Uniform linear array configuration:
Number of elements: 32
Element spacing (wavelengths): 0.75
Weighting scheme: hamming
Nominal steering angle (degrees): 15
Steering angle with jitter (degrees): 14.528
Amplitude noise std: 0.05
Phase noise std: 0.05

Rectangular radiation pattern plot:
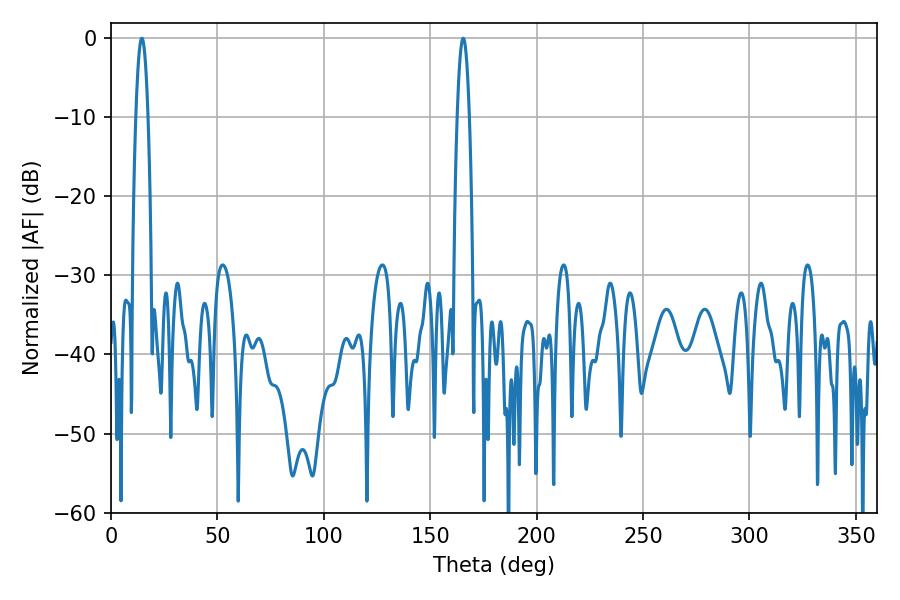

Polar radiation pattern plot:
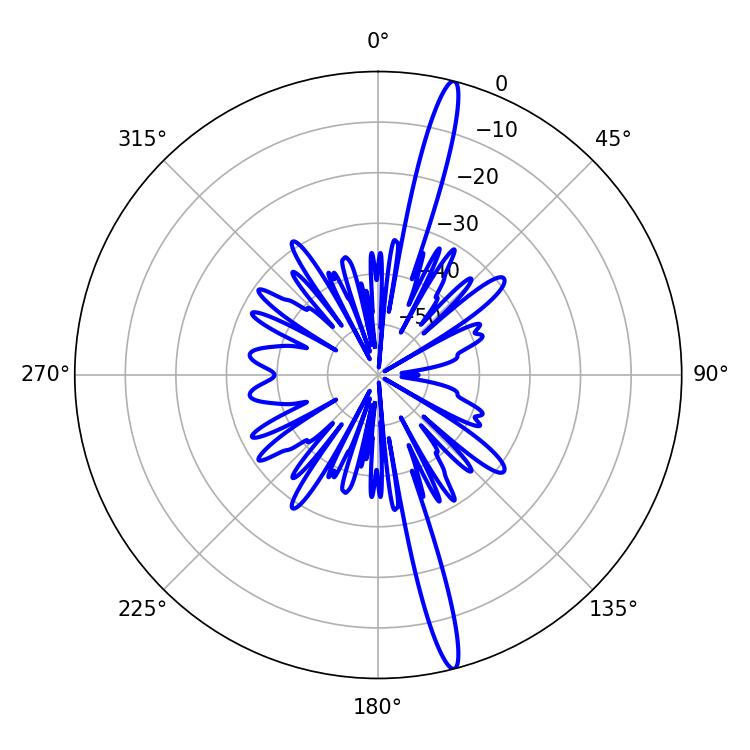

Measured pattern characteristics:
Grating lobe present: TRUE
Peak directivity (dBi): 18.256
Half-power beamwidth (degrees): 3.06
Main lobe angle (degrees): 165.42